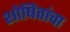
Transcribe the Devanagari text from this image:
शोषितांचा